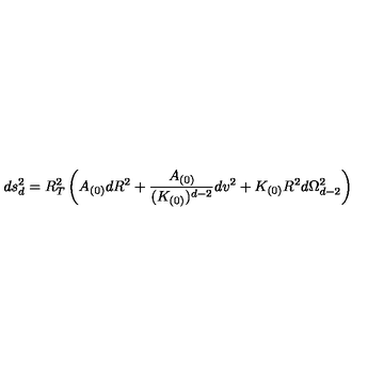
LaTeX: d s _ { d } ^ { 2 } = R _ { T } ^ { 2 } \left( A _ { ( 0 ) } d R ^ { 2 } + \frac { A _ { ( 0 ) } } { ( K _ { ( 0 ) } ) ^ { d - 2 } } d v ^ { 2 } + K _ { ( 0 ) } R ^ { 2 } d \Omega _ { d - 2 } ^ { 2 } \right)